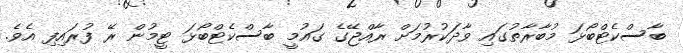
ބާސްކެޓްބޯޅަ މުބާރާތުގައި ވާދަކުރުމަށް ރާއްޖޭގެ ގައުމީ ބާސްކެޓްބޯޅަ ޓީމުން ރޭ ފުރައިފި އެވެ.